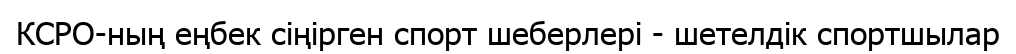
КСРО-ның еңбек сіңірген спорт шеберлері - шетелдік спортшылар